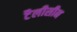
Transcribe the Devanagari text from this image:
टैलीसीन